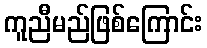
ကူညီမည်ဖြစ်ကြောင်း